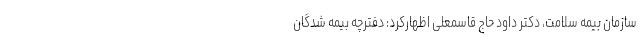
سازمان بیمه سلامت، دکتر داود حاج قاسمعلی اظهارکرد: دفترچه بیمه شدگان